Vaccine operations Central Provinces 1868-1885 - 1868-1885
Year: 1868
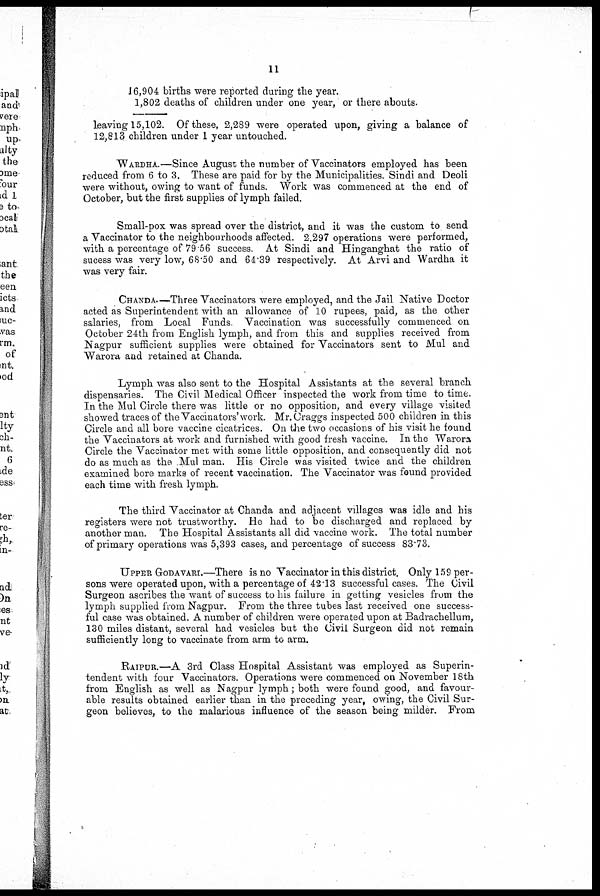
11
16,904 births were reported during the year.
1,802 deaths of children under one year, or there abouts.
leaving 15,102. Of these, 2,289 were operated upon, giving a balance of
12,813 children under 1 year untouched.
WARDHA.—Since August the number of Vaccinators employed has been
reduced from 6 to 3. These are paid for by the Municipalities. Sindi and Deoli
were without, owing to want of funds. Work was commenced at the end of
October, but the first supplies of lymph failed.
Small-pox was spread over the district, and it was the custom to send
a Vaccinator to the neighbourhoods affected. 2,297 operations were performed,
with a percentage of 79 56 success. At Sindi and Hinganghat the ratio of
sucess was very low, 68.50 and 64.39 respectively. At Arvi and Wardha it
was very fair.
CHANDA.—Three Vaccinators were employed, and the Jail Native Doctor
acted as Superintendent with an allowance of 10 rupees, paid, as the other
salaries, from Local Funds Vaccination was successfully commenced on
October 24th from English lymph, and from this and supplies received from
Nagpur sufficient supplies were obtained for Vaccinators sent to Mul and
Warora and retained at Chanda.
Lymph was also sent to the Hospital Assistants at the several branch
dispensaries. The Civil Medical Officer inspected the work from time to time.
In the Mul Circle there was little or no opposition, and every village visited
showed traces of the Vaccinators'work. Mr.Craggs inspected 500 children in this
Circle and all bore vaccine cicatrices. On the two occasions of his visit he found
the Vaccinators at work and furnished with good fresh vaccine. In the Warora
Circle the Vaccinator met with some little opposition, and consequently did not
do as much as the Mul man. His Circle was visited twice and the children
examined bore marks of recent vaccination. The Vaccinator was found provided
each time with fresh lymph.
The third Vaccinator at Chanda and adjacent villages was idle and his
registers were not trustworthy. He had to be discharged and replaced by
another man. The Hospital Assistants all did vaccine work. The total number
of primary operations was 5,393 cases, and percentage of success 83.73.
UPPER GODAVARI.—There is no Vaccinator in this district. Only 159 per-
sons were operated upon, with a percentage of 42.13 successful cases. The Civil
Surgeon ascribes the want of success to his failure in getting vesicles from the
lymph supplied from Nagpur. From the three tubes last received one success-
ful case was obtained. A number of children were operated upon at Badrachellum,
130 miles distant, several had vesicles but the Civil Surgeon did not remain
sufficiently long to vaccinate from arm to arm.
RAIPUR.—A 3rd Class Hospital Assistant was employed as Superin-
tendent with four Vaccinators. Operations were commenced on November 18th
from English as well as Nagpur lymph; both were found good, and favour-
able results obtained earlier than in the preceding year, owing, the Civil Sur-
geon believes, to the malarious influence of the season being milder. From